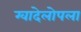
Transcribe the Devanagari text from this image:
ग्वादेलोपला